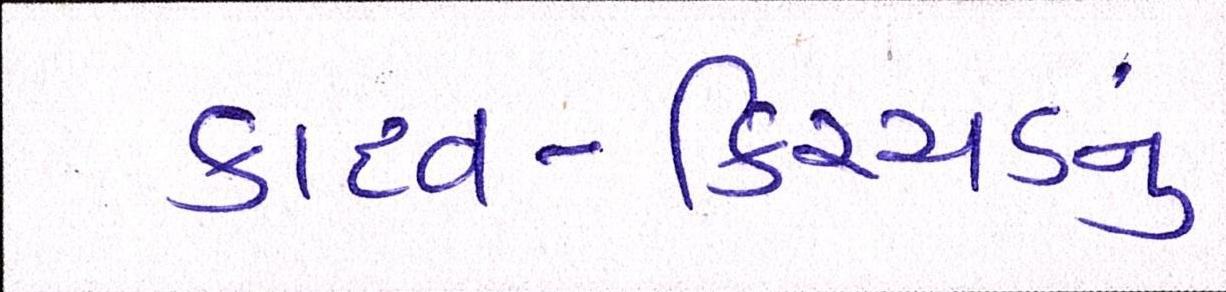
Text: કાદવ-કિચ્ચડનું